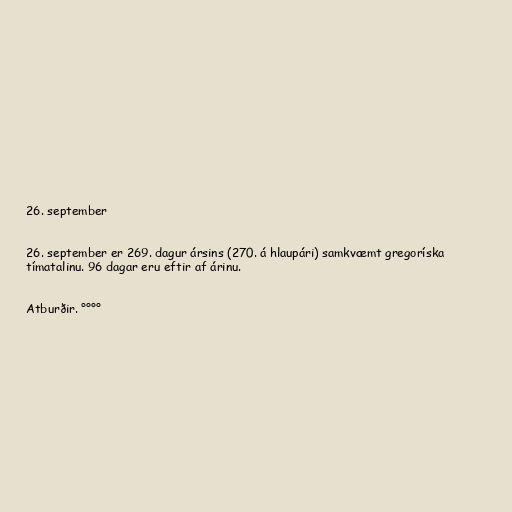
26. september

26. september er 269. dagur ársins (270. á hlaupári) samkvæmt gregoríska
tímatalinu. 96 dagar eru eftir af árinu.

Atburðir. °°°°